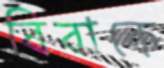
বিবাকে